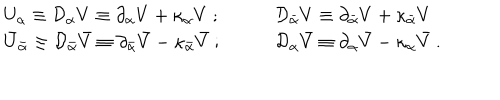
LaTeX: \begin{array} { l l } { { U _ { \alpha } \equiv { \cal D } _ { \alpha } V \equiv \partial _ { \alpha } V + \kappa _ { \alpha } V \ ; \qquad } } & { { { \cal D } _ { \bar { \alpha } } V \equiv \partial _ { \bar { \alpha } } V + \kappa _ { \bar { \alpha } } V } } \\ { { \bar { U } _ { \bar { \alpha } } \equiv { \cal D } _ { \bar { \alpha } } \bar { V } \equiv \partial _ { \bar { \alpha } } \bar { V } - \kappa _ { \bar { \alpha } } \bar { V } \ ; \qquad } } & { { { \cal D } _ { \alpha } \bar { V } \equiv \partial _ { \alpha } \bar { V } - \kappa _ { \alpha } \bar { V } \ . } } \\ \end{array}